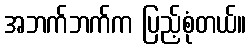
အဘက်ဘက်က ပြည့်စုံတယ်။